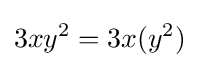
3xy^{2}=3x(y^{2})